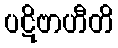
ပဋိဗာဟီတိ